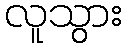
လူသွား